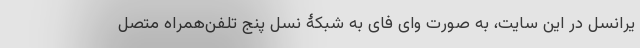
یرانسل در این سایت، به صورت وای فای به شبکۀ نسل پنج تلفن‌همراه متصل